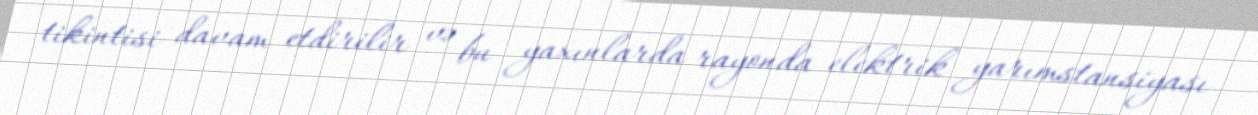
tikintisi davam etdirilir və bu yaxınlarda rayonda elektrik yarımstansiyası